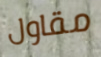
مقاول